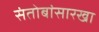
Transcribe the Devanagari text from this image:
संतोबांसारखा